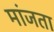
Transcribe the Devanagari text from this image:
मांजता